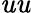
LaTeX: \mathit{u}\mathit{u}